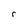
Character: r